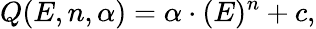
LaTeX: Q(E,n,\alpha)=\alpha\cdot(E)^{n}+c,